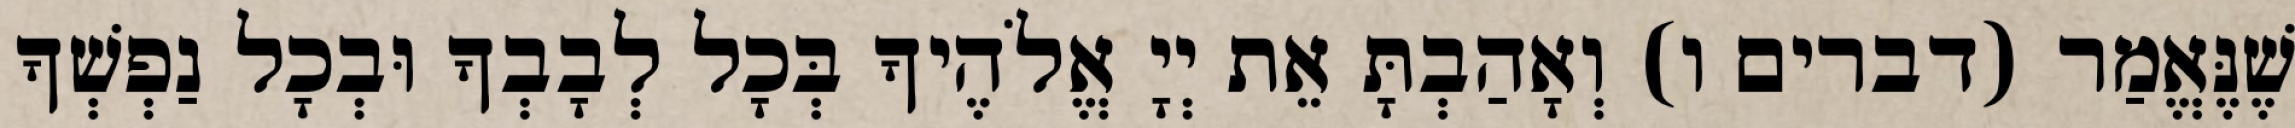
שֶׁנֶּאֱמַר (דברים ו) וְאָהַבְתָּ אֵת יְיָ אֱלֹהֶיךָ בְּכָל לְבָבְךָ וּבְכָל נַפְשְׁךָ